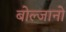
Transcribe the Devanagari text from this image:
बोल्जानो